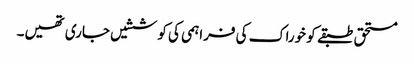
مستحق طبقے کو خوراک کی فراہمی کی کوششیں جاری تھیں۔